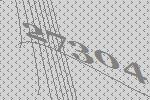
27304